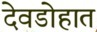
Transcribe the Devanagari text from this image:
देवडोहात